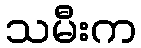
သမီးက